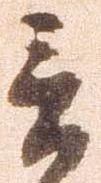
言